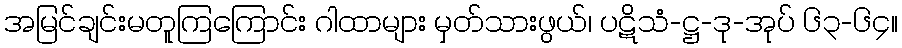
အမြင်ချင်းမတူကြကြောင်း ဂါထာများ မှတ်သားဖွယ်၊ ပဋိသံ-ဋ္ဌ-ဒု-အုပ် ၆၃-၆၄။